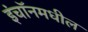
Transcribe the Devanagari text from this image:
इंचॉनमधील